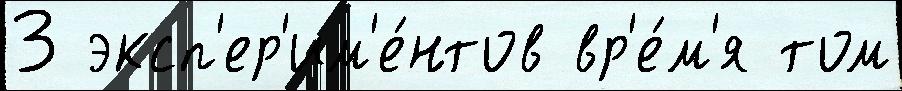
3 эксп'ер'им'е́нтов вр'е́м'я том